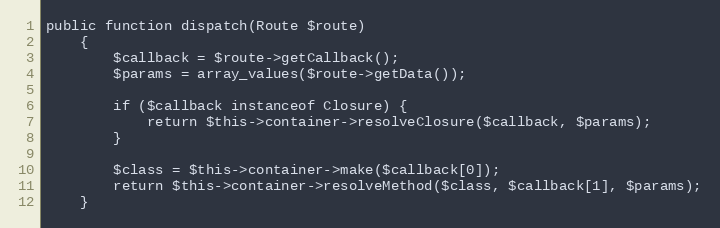
Language: PHP
public function dispatch(Route $route)
    {
        $callback = $route->getCallback();
        $params = array_values($route->getData());

        if ($callback instanceof Closure) {
            return $this->container->resolveClosure($callback, $params);
        }

        $class = $this->container->make($callback[0]);
        return $this->container->resolveMethod($class, $callback[1], $params);
    }